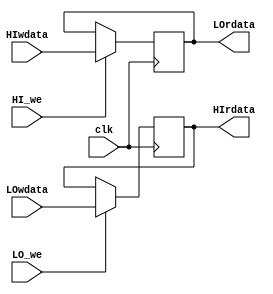
module regfile_HILO(
    input wire clk,
    input wire HI_we,
    input wire LO_we,  
    input wire[31:0]HIwdata,
    input wire[31:0]LOwdata,
    output wire[31:0]HIrdata,
    output wire[31:0]LOrdata
);   
    reg [31:0]rf_HI;
    reg [31:0]rf_LO;
    always @ (posedge clk) begin
        if (LO_we) begin
           rf_LO <= LOwdata;
        end
        if (HI_we) begin
            rf_HI <=HIwdata;
        end
    end
    
    assign HIrdata = rf_LO;
    assign LOrdata = rf_HI;
endmodule